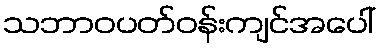
သဘာဝပတ်ဝန်းကျင်အပေါ်